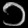
Digit: ၁